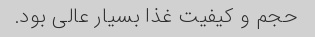
حجم و کیفیت غذا بسیار عالی بود.